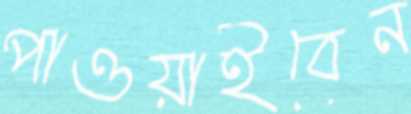
পাওয়াইবেন